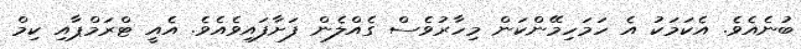
ބުނެއެވެ. އެކަމަކު އެ ހަމަހިމޭންކަން މިހާރުވެސް ގެއްލެން ފަށާފައިވެއެވެ. އެއީ ޓްރަމްޕާއި ކިމް